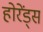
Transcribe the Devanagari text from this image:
होरेंड्स